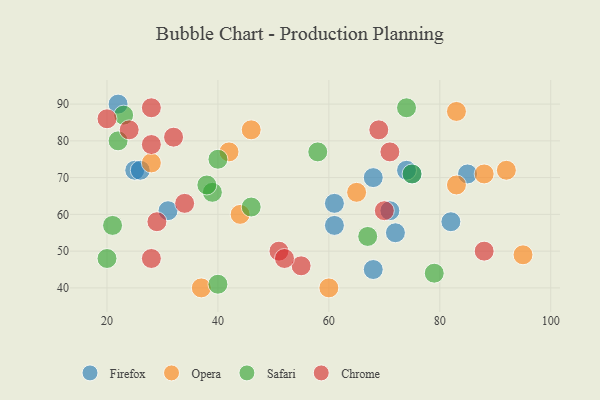
{"axis": {"x": "GDP", "y": "Life Expectancy"}, "legend": ["Chrome", "Firefox", "Opera", "Safari"], "data": [{"x": "85", "y": 71, "type": "Firefox"}, {"x": "22", "y": 90, "type": "Firefox"}, {"x": "75", "y": 71, "type": "Firefox"}, {"x": "68", "y": 45, "type": "Firefox"}, {"x": "72", "y": 55, "type": "Firefox"}, {"x": "61", "y": 63, "type": "Firefox"}, {"x": "71", "y": 61, "type": "Firefox"}, {"x": "61", "y": 57, "type": "Firefox"}, {"x": "68", "y": 70, "type": "Firefox"}, {"x": "25", "y": 72, "type": "Firefox"}, {"x": "82", "y": 58, "type": "Firefox"}, {"x": "74", "y": 72, "type": "Firefox"}, {"x": "26", "y": 72, "type": "Firefox"}, {"x": "31", "y": 61, "type": "Firefox"}, {"x": "28", "y": 74, "type": "Opera"}, {"x": "37", "y": 40, "type": "Opera"}, {"x": "92", "y": 72, "type": "Opera"}, {"x": "42", "y": 77, "type": "Opera"}, {"x": "60", "y": 40, "type": "Opera"}, {"x": "95", "y": 49, "type": "Opera"}, {"x": "88", "y": 71, "type": "Opera"}, {"x": "46", "y": 83, "type": "Opera"}, {"x": "65", "y": 66, "type": "Opera"}, {"x": "83", "y": 88, "type": "Opera"}, {"x": "44", "y": 60, "type": "Opera"}, {"x": "83", "y": 68, "type": "Opera"}, {"x": "40", "y": 75, "type": "Safari"}, {"x": "40", "y": 41, "type": "Safari"}, {"x": "74", "y": 89, "type": "Safari"}, {"x": "58", "y": 77, "type": "Safari"}, {"x": "39", "y": 66, "type": "Safari"}, {"x": "21", "y": 57, "type": "Safari"}, {"x": "46", "y": 62, "type": "Safari"}, {"x": "67", "y": 54, "type": "Safari"}, {"x": "23", "y": 87, "type": "Safari"}, {"x": "22", "y": 80, "type": "Safari"}, {"x": "75", "y": 71, "type": "Safari"}, {"x": "79", "y": 44, "type": "Safari"}, {"x": "38", "y": 68, "type": "Safari"}, {"x": "20", "y": 48, "type": "Safari"}, {"x": "51", "y": 50, "type": "Chrome"}, {"x": "55", "y": 46, "type": "Chrome"}, {"x": "70", "y": 61, "type": "Chrome"}, {"x": "88", "y": 50, "type": "Chrome"}, {"x": "24", "y": 83, "type": "Chrome"}, {"x": "71", "y": 77, "type": "Chrome"}, {"x": "28", "y": 48, "type": "Chrome"}, {"x": "28", "y": 89, "type": "Chrome"}, {"x": "34", "y": 63, "type": "Chrome"}, {"x": "20", "y": 86, "type": "Chrome"}, {"x": "52", "y": 48, "type": "Chrome"}, {"x": "28", "y": 79, "type": "Chrome"}, {"x": "32", "y": 81, "type": "Chrome"}, {"x": "29", "y": 58, "type": "Chrome"}, {"x": "69", "y": 83, "type": "Chrome"}]}